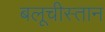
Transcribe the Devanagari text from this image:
बलूचीस्तान